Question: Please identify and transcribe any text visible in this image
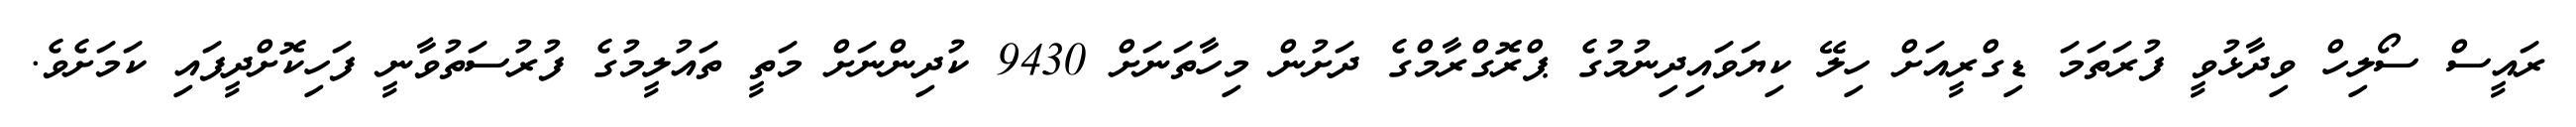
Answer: ރައީސް ސޯލިހް ވިދާޅުވީ ފުރަތަމަ ޑިގްރީއަށް ހިލޭ ކިޔަވައިދިނުމުގެ ޕްރޮގްރާމްގެ ދަށުން މިހާތަނަށް 9430 ކުދިންނަށް މަތީ ތައުލީމުގެ ފުރުސަތުވާނީ ފަހިކޮށްދީފައި ކަމަށެވެ.